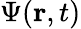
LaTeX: \Psi(\mathbf{r},t)